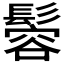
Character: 𩮠